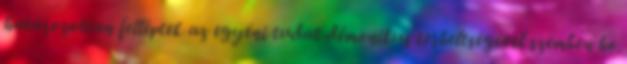
határozottan felléptek az egyéni tudat démonikus terheltségével szemben ho